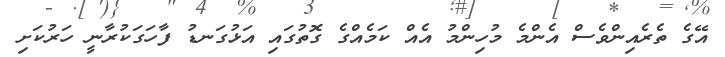
އޭގެ ތެރެއިންވެސް އެންމެ މުހިންމު އެއް ކަމެއްގެ ގޮތުގައި އަޅުގަނޑު ފާހަގަކުރާނީ ހަރުކަށި